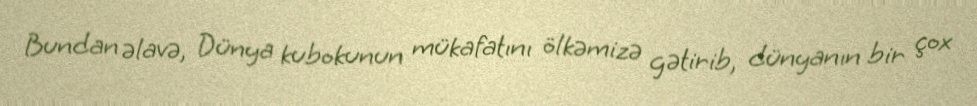
Bundan əlavə, Dünya kubokunun mükafatını ölkəmizə gətirib, dünyanın bir çox